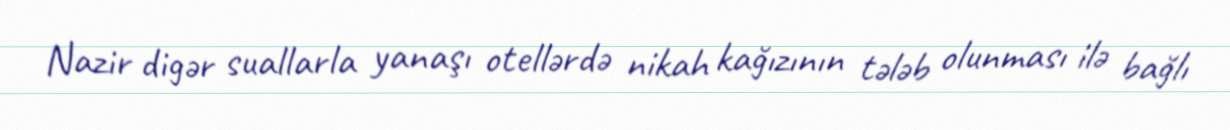
Nazir digər suallarla yanaşı otellərdə nikah kağızının tələb olunması ilə bağlı